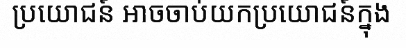
ប្រយោជន៍ អាចចាប់យកប្រយោជន៍ក្នុង